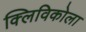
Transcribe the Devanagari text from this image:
क्लिविकोला